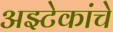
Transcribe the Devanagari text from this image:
अझ्टेकांचे